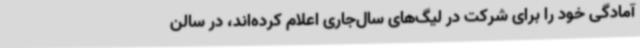
آمادگی خود را برای شرکت در لیگ‌های سال‌جاری اعلام کرده‌اند، در سالن